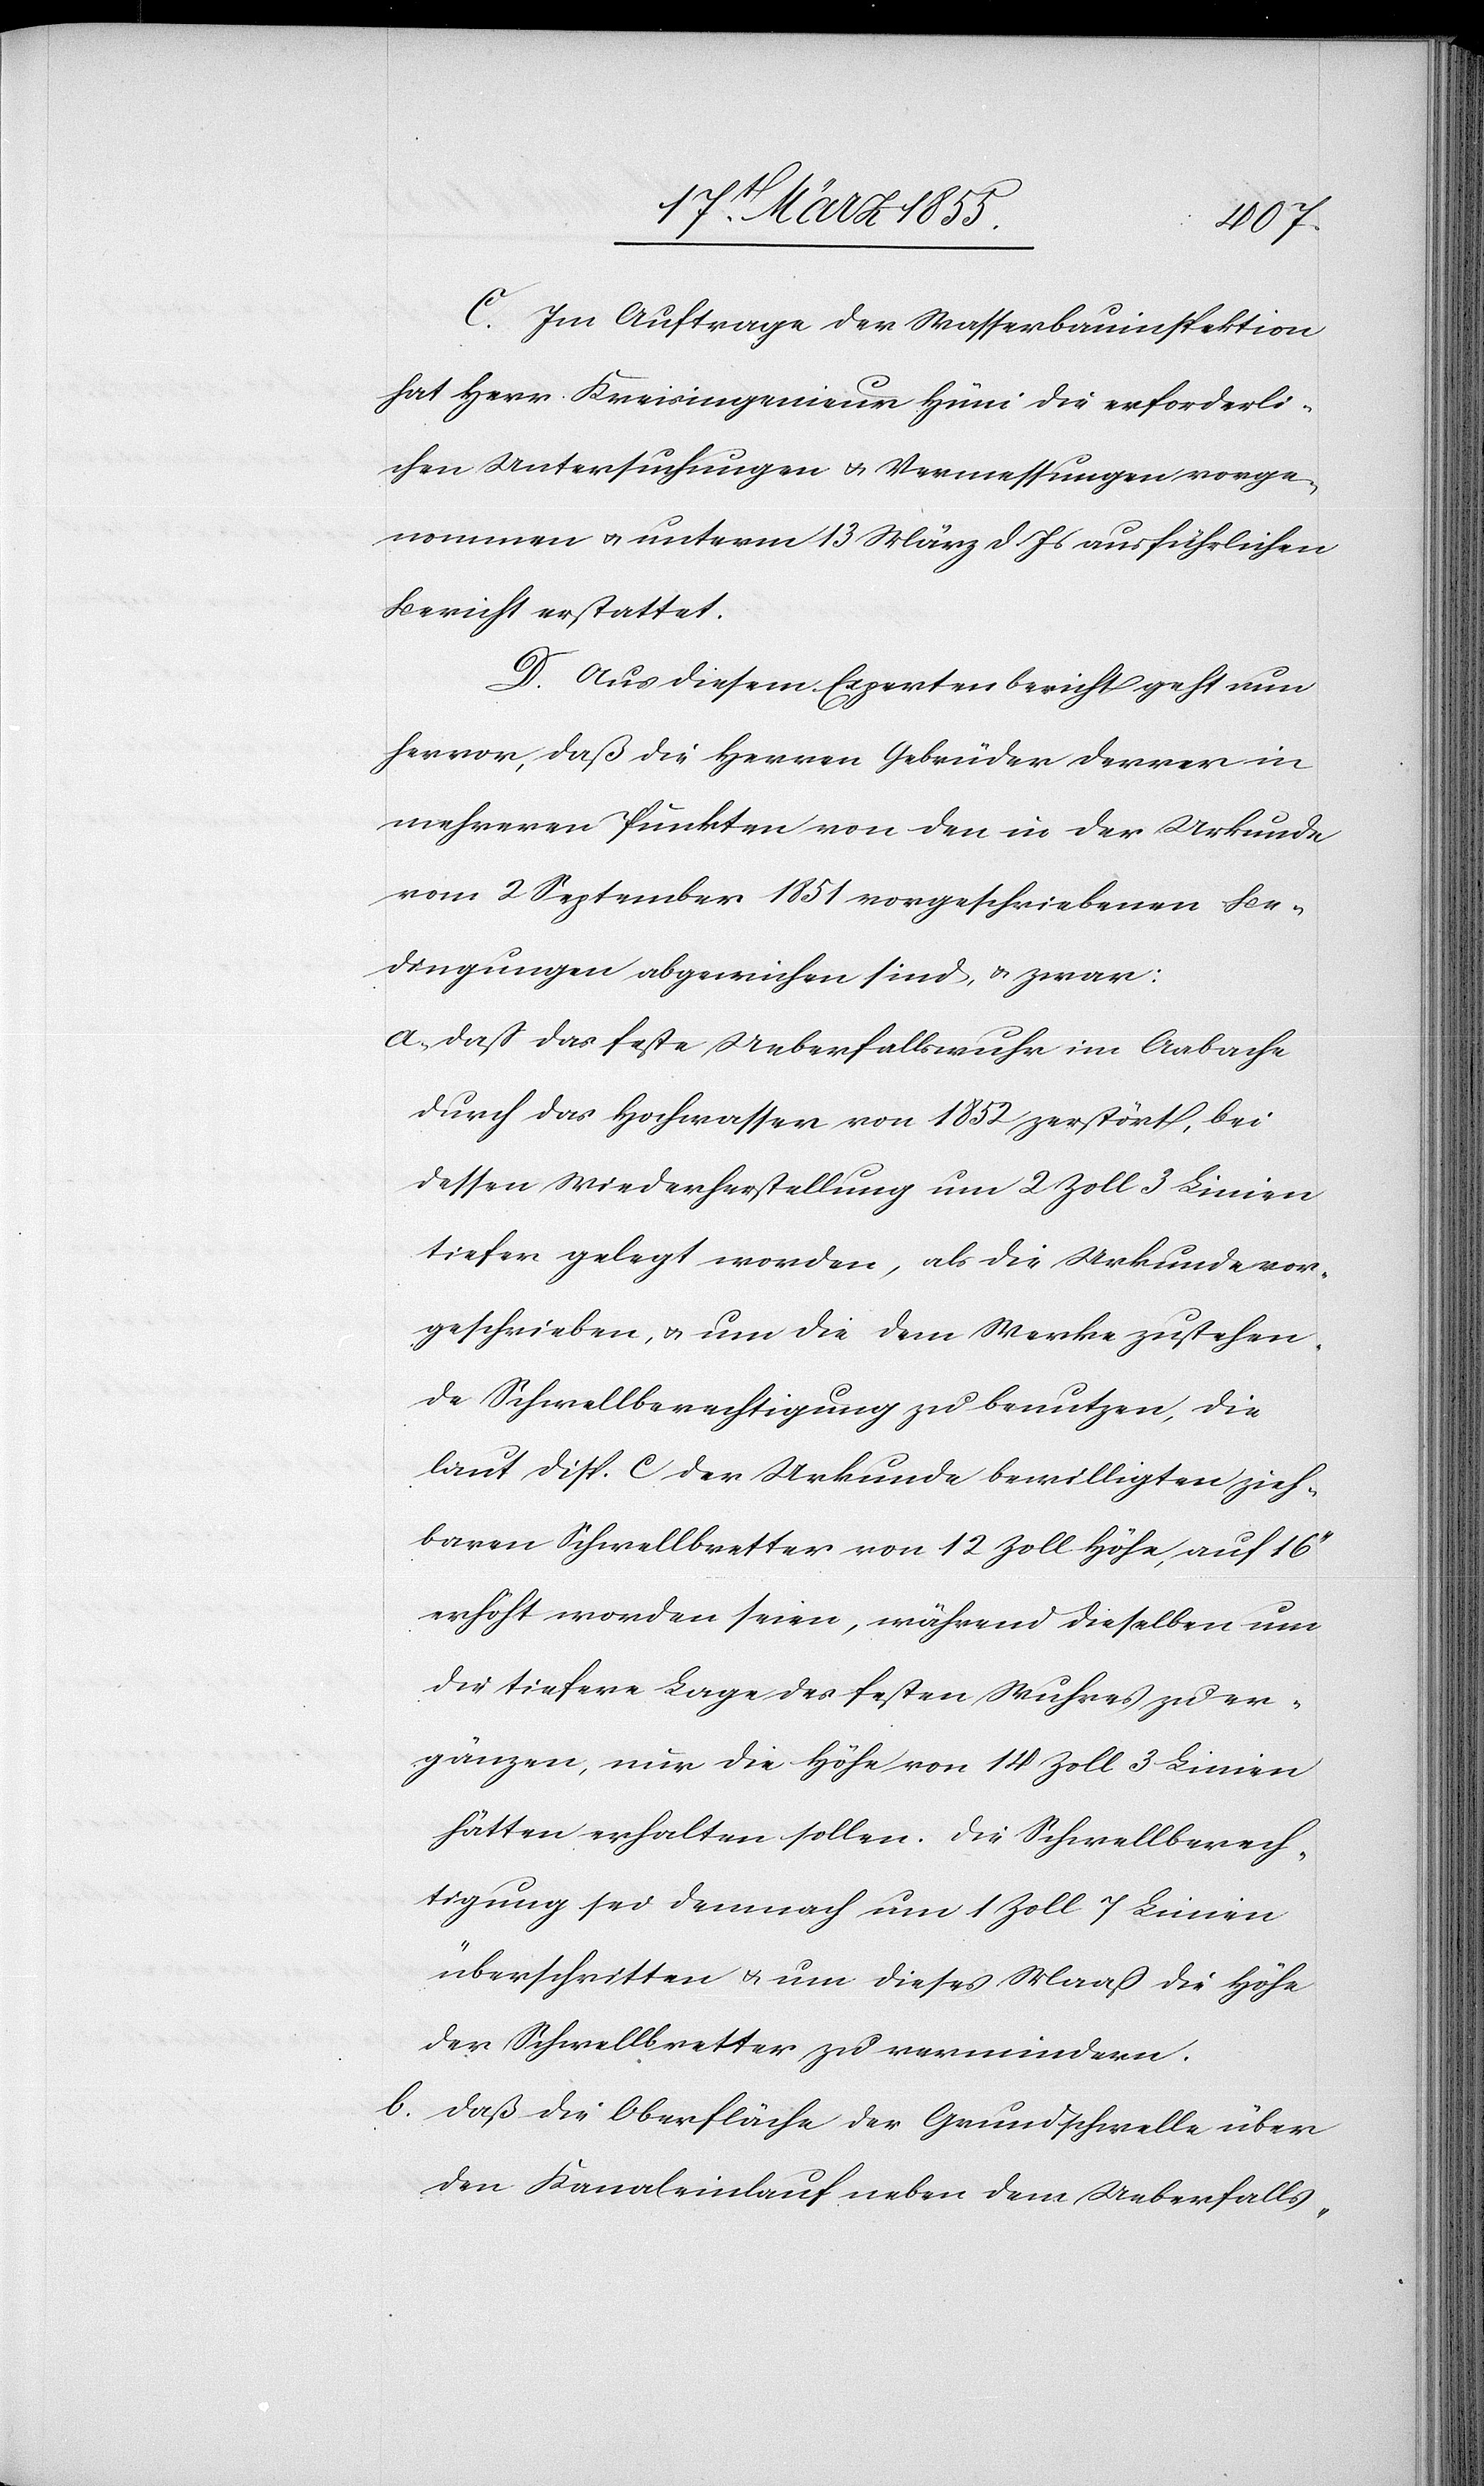
C. Im Auftrage der Wasserbauinspektion
hat Herr Kreisingenieur Hüni die erforderli¬
chen Untersuchungen & Vermessungen vorge¬
nommen & unterm 13 März d. Js ausführlichen
Bericht erstattet.
D. Aus diesem Expertenbericht geht nun
hervor, daß die Herren Gebrüder Derrer in
mehreren Punkten von den in der Urkunde
vom 2 September 1851 vorgeschriebenen Be¬
dingungen abgewichen sind, & zwar:
daß das feste Ueberfallswuhr im Aabache
durch das Hochwasser von 1852 zerstört, bei
dessen Wiederherstellung um 2 Zoll 3 Linien
tiefer gelegt worden, als die Urkunde vor¬
geschrieben, & um die dem Werke zustehen¬
de Schwellberechtigung zu benutzen, die
laut Disp. C der Urkunde bewilligten zieh¬
baren Schwellbretter von 12 Zoll Höhe, auf 16‘‘
erhöht worden seien, während dieselben um
die tiefere Lage des festen Wuhres zu er¬
gänzen, nur die Höhe von 14 Zoll 3 Linien
hätten erhalten sollen. Die Schwellberech¬
tigung sei demnach um 1 Zoll 7 Linien
überschritten & um dieses Maaß die Höhe
der Schwellbretter zu vermindern.
daß die Oberfläche der Grundschwelle über
den Kanaleinlauf neben dem Ueberfalls-